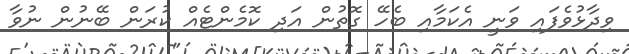
ވިދާޅުވެފައި ވަނީ އެކަމާއި ބެހޭ ގޮތުން އަދި ކޮމެންޓެއް ކުރަން ބޭނުން ނުވާ